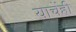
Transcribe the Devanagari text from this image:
याचेंही